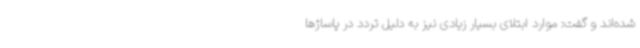
شده‌اند و گفت: موارد ابتلای بسیار زیادی نیز به دلیل تردد در پاساژها